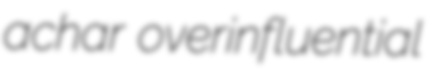
achar overinfluential